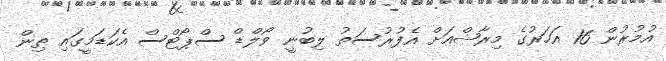
އުމުރުން 16 އަހަރުގެ މިރާޝްއަށް އެފުރުސަތު ލިބުނީ ވޯލްޑް ސްޕޯޓްސް އެކަޑަމީގައި ތިން